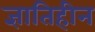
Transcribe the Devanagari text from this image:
ज्ञातिहीन